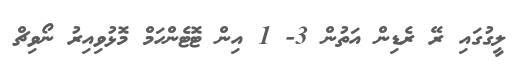
ލީގުގައި ރޭ ރެޑިން އަތުން 3- 1 އިން ޓޮޓެންހަމް މޮޅުވިއިރު ނޯވިޗް